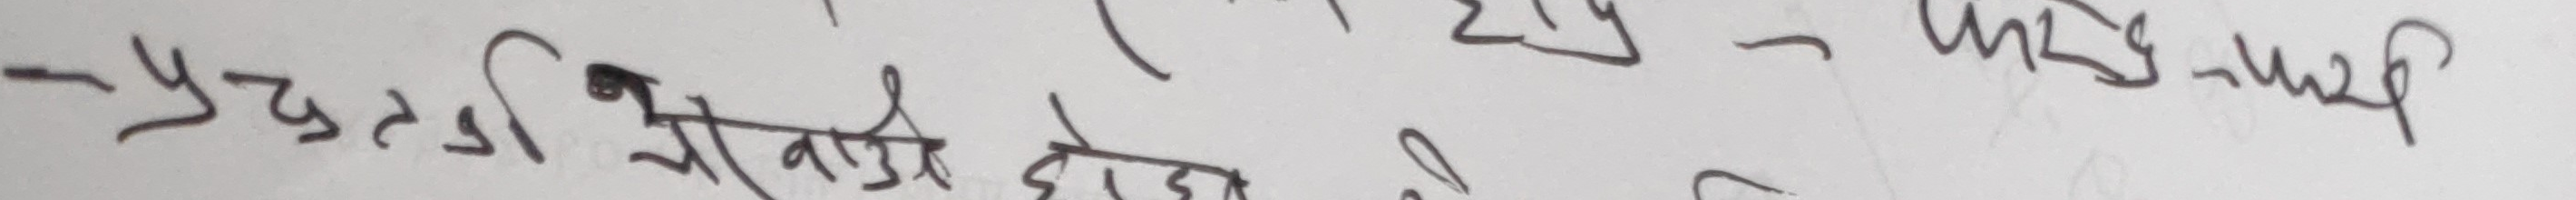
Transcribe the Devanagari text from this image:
-प्रस्तुती भाडी होता